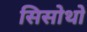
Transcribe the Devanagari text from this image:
सिसोथो